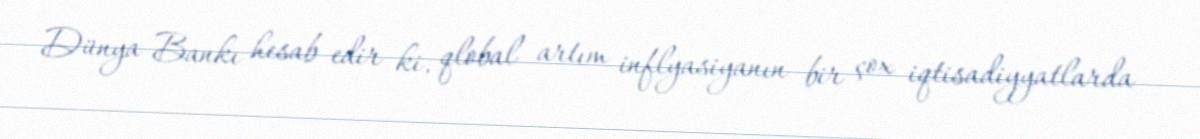
Dünya Bankı hesab edir ki, qlobal artım inflyasiyanın bir çox iqtisadiyyatlarda